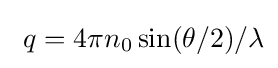
\ q=4\pi n_{0}\sin(\theta /2)/\lambda